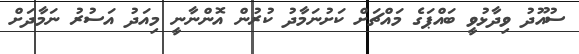
ސުއޫދު ވިދާޅުވީ ބައްޕަގެ މައްޗަށް ކަށުނަމާދު ކުރުން އޮންނާނީ މިއަދު އަސުރު ނަމާދަށް